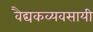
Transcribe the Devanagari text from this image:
वैद्यकव्यवसायी